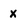
Character: x